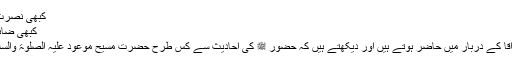
کبھی نصرت نہیں ملتی درِ مولا سے گندوں کو
کبھی ضائع نہیں کرتا وہ اپنے نیک بندوں کو
قرآن کریم کے بعد ہم اپنے پیارے آقا کے دربار میں حاضر ہوتے ہیں اور دیکھتے ہیں کہ حضور ﷺ کی احادیث سے کس طرح حضرت مسیح موعود علیہ الصلوٰۃ والسلام کی سچائی پر روشنی پڑتی ہے۔